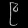
Digit: ၉